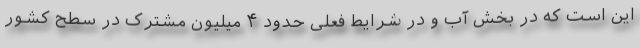
این است که در بخش آب و در شرایط فعلی حدود ۴ میلیون مشترک در سطح کشور